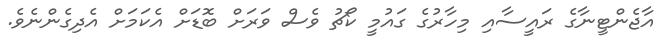
އާޖެންޓީނާގެ ރައީސާއި މިހާރުގެ ގައުމީ ކޯޗު ވެސް ވަރަށް ބޮޑަށް އެކަމަށް އެދިގެންނެވެ.